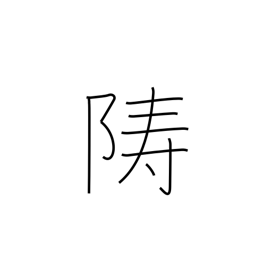
Meaning: island